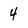
Character: 4